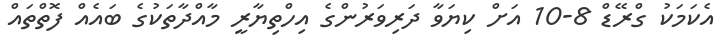
އެކަމަކު ގްރޭޑް 8-10 އަށް ކިޔަވާ ދަރިވަރުންގެ އިހްތިޔާރީ މާއްދާތަކުގެ ބައެއް ފޮތްތައް